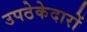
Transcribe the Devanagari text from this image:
उपठेकेदारों